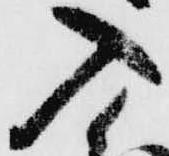
入